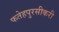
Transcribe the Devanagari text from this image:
फतेहपुरसीकरी